Leaving Certificate Examination, 1907
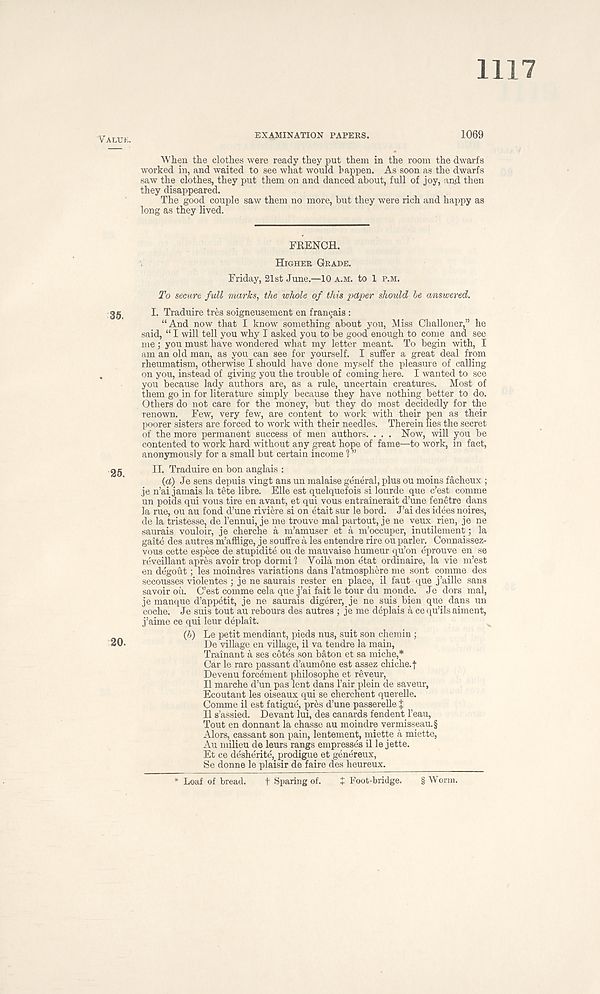
1117
EXAMINATION PAPERS.
1069
When the clothes were ready they put them in the room the dwarfs
worked in, and waited to see what would happen. As soon as the dwarfs
saw the clothes, they put them on and danced about, full of joy, and then
they disappeared.
The good couple saw them no more, but they were rich and happy as
long as they lived.
FRENCH.
HIGHER GRADE.
Friday, 21st June.—10 A.M. to 1 P.M.
To secure full marks, the whole of this paper should be answered.
35
I. Traduire tres soigneusement en francais :
“And now that I know r something about you, Miss Challoner,” he
said, “ I will tell you why I asked you to be good enough to come and see
me; you must have wondered what my letter meant. To begin with, I
am an old man, as you can see for yourself. I suffer a great deal from
rheumatism, otherwise I should have done myself the pleasure of calling
on you, instead of giving you the trouble of coming here. I wanted to see
you because lady authors are, as a rule, uncertain creatures. Most of
them go in for literature simply because they have nothing better to do.
Others do not care for the money, but they do most decidedly for the
renown. Few, very few, are content to work with their pen as their
poorer sisters are forced to work with their needles. Therein lies the secret
of the more permanent success of men authors. . . . Now, will you be
contented to work hard without any great hope of fame—to work, in fact,
anonymously for a small but certain income 1 ”
25
II. Traduire en bon anglais :
{a) Je sens depuis vingt ans un malaise general, plus ou moins facheux ;
je n’ai jamais la tete libre. Elle est quelquefois si lourde que c’est comme
un poids qui vous tire en avant, et qui vous entrainerait d’une fenetre dans
la rue, ou au fond d’une riviere si on etait sur le bord. J’ai des idees noires,
de la tristesse, de 1’ennui, je me trouve mal partout, je ne yeux rien, je ne
saurais vouloir, je cherche a m’amuser et a m’occuper, inutilement; la
gaite des autres m’afflige, je souffre a les entendre rire ouparler. Connaissez-
vous cette espece de stupidite ou de mauvaise humeur qu’on eprouye en se
reveillant apres avoir trop dormi ? Yoila mon etat ordinaire, la vie m’est
en degout; les moindres variations dans I’atmosphere me sont comme des
secousses violentes ; je ne saurais rester en place, il faut que j’aille sans
savoir oil. C’est comme cela que j’ai fait le tour du monde. Je dors mal,
je manque d’appetit, je ne saurais digerer, je ne suis_ bien que dans un
coche. Je suis tout au rebours des autres ; je me deplais a ce qu’ils aiment,
j’aime ce qui leur deplait.
(b) Le petit mendiant, pieds nus, suit son chemin ;
20.
De village en village, il va tendre la main,
Trainant a ses c6tes son baton et sa miche,*
Car le rare passant d’aumone est assez chiche.t
Devenu forcement philosophe et reveur,
Il marche d’un pas lent dans 1’air plein de saveur,
Ecoutant les oiseaux qui se cherchent querelle.
Comme il est fatigue, pres d’une passerelle J
Il s’assied. Devant lui, des canards fendent 1’eau,
Tout en donnant la chasse au moindre vermisseau.§
Alors, cassant son pain, lentement, miette a miette,
Au milieu de leurs rangs empresses il le jette.
Et ce desherite, prodigue et genereux,
Se donne le plaisir de faire des heureux.
* Loaf of bread.
t Sparing of.
J Foot-bridge.
§ Worm.